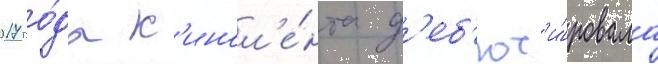
2017 го́да к'инол'е́нта д'еб'ют'и́ровала